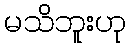
မသိဘူးဟု